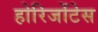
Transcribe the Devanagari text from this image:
होरिजोंटेस